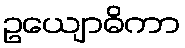
ဥယျောဓိကာ